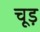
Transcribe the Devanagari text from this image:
चूड़